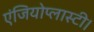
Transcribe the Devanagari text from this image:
एंजियोप्लास्टी।